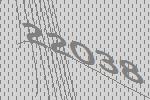
22038